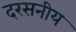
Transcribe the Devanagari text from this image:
दरसनीय